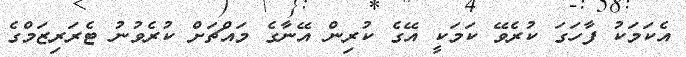
އެކަމަކު ފާހަގަ ކުރެވޭ ކަމަކީ އޭގެ ކުރިން އޭނާގެ މައްޗަށް ކުރެވުނު ޓެރަރިޒަމްގެ